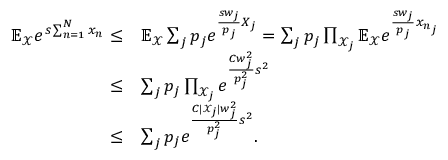
\begin{array} { r l } { \mathbb { E } _ { \mathcal { X } } e ^ { s \sum _ { n = 1 } ^ { N } x _ { n } } \le } & { \mathbb { E } _ { \mathcal { X } } \sum _ { j } p _ { j } e ^ { \frac { s w _ { j } } { p _ { j } } X _ { j } } = \sum _ { j } p _ { j } \prod _ { \mathcal { X } _ { j } } \mathbb { E } _ { \mathcal { X } } e ^ { \frac { s w _ { j } } { p _ { j } } x _ { n _ { j } } } } \\ { \le } & { \sum _ { j } p _ { j } \prod _ { \mathcal { X } _ { j } } e ^ { \frac { C w _ { j } ^ { 2 } } { p _ { j } ^ { 2 } } s ^ { 2 } } } \\ { \le } & { \sum _ { j } p _ { j } e ^ { \frac { C | \mathcal { X } _ { j } | w _ { j } ^ { 2 } } { p _ { j } ^ { 2 } } s ^ { 2 } } . } \end{array}